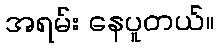
အရမ်း နေပူတယ်။